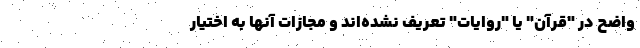
واضح در "قرآن" یا "روایات" تعریف نشده‌اند و مجازات آنها به اختیار